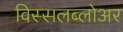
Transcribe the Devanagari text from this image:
विस्सलब्लोअर